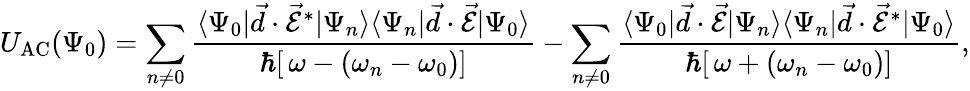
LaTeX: U_{\mathrm{{AC}}}(\Psi_{0})=\sum_{n\neq 0}\frac{\langle\Psi_{0}|\vec{d}\cdot\vec{\mathcal{E}}^{*}|\Psi_{n}\rangle\langle\Psi_{n}|\vec{d}\cdot\vec{\mathcal{E}}|\Psi_{0}\rangle}{\hbar[\, \omega-(\omega_{n}-\omega_{0})]}-\sum_{n\neq 0}\frac{\langle\Psi_{0}|\vec{d}\cdot\vec{\mathcal{E}}|\Psi_{n}\rangle\langle\Psi_{n}|\vec{d}\cdot\vec{\mathcal{E}}^{*}|\Psi_{0}\rangle}{\hbar[\, \omega+(\omega_{n}-\omega_{0})]},